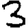
Digit: 3